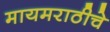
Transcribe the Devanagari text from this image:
मायमराठीचे